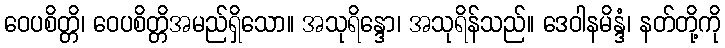
ဝေပစိတ္တိ၊ ဝေပစိတ္တိအမည်ရှိသော။ အသုရိန္ဒော၊ အသုရိန်သည်။ ဒေဝါနမိန္ဒံ၊ နတ်တို့ကို